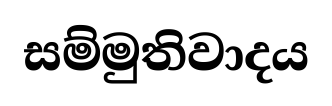
සම්මුතිවාදය